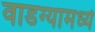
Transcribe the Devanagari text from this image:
वाडग्यामध्ये